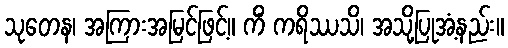
သုတေန၊ အကြားအမြင်ဖြင့်။ ကိံ ကရိဿသိ၊ အသို့ပြုအံ့နည်း။